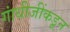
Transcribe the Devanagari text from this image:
गांधीजींकडून